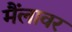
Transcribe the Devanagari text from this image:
मैंलावर